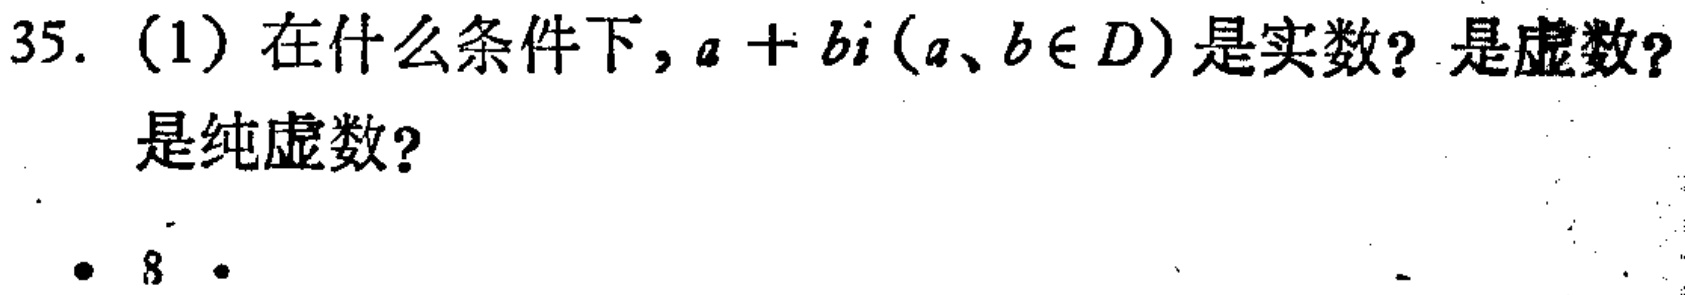
35. (1) 在什么条件下，\(a + bi\)（\(a、b\in D\)）是实数？是虚数？是纯虚数？